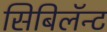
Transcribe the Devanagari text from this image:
सिबिलॅन्ट